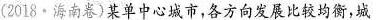
(2018·海南卷)某单中心城市，各方向发展比较均衡，城